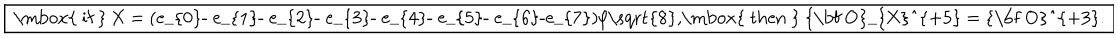
\fbox { \mathrm { ~ i f ~ } X = ( e _ { 0 } - e _ { 1 } - e _ { 2 } - e _ { 3 } - e _ { 4 } - e _ { 5 } - e _ { 6 } - e _ { 7 } ) / \sqrt { 8 } , \mathrm { ~ t h e n ~ } { \bf O } _ { X } ^ { + 5 } = { \bf O } ^ { + 3 } . }